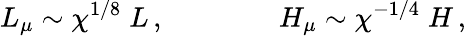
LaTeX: L_{\mu}\sim\chi^{1/8}\; L\, ,\qquad\qquad H_{\mu}\sim\chi^{-1/4}\; H\, ,